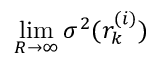
\operatorname* { l i m } _ { R \rightarrow \infty } \sigma ^ { 2 } ( r _ { k } ^ { ( i ) } )